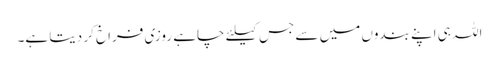
اللہ ہی اپنے بندوں میں سے جس کیلئے چاہے روزی فراخ کر دیتا ہے۔